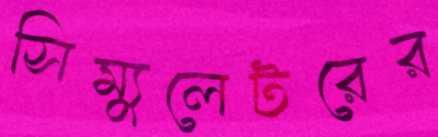
সিম্যুলেটরের